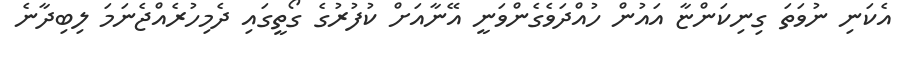
އެކަނި ނުވަތަ ގިނިކަންޏާ އައުން ހުއްދަވެގެންވަނީ އޭނާއަށް ކުފުރުގެ ގޯތީގައި ދެމިހުރެއްޖެނަމަ ލިބިދާނެ